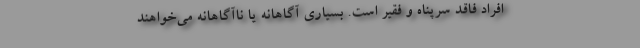
افراد فاقد سرپناه و فقیر است. بسیاری آگاهانه یا ناآگاهانه می‌خواهند